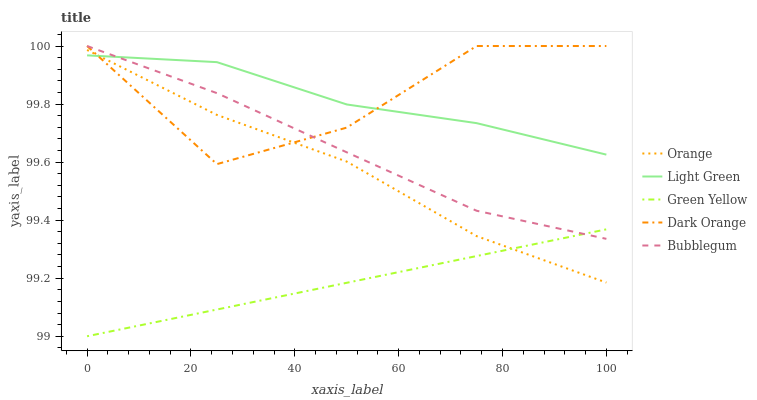
| xaxis_label | Orange | Light Green | Green Yellow | Dark Orange | Bubblegum |
 | --- | --- | --- | --- | --- | --- |
 | 0 | 100 | 100 | 99 | 100 | 100 |
 | 25 | 99.8 | 99.9 | 99.1 | 99.6 | 99.8 |
 | 50 | 99.6 | 99.8 | 99.2 | 99.7 | 99.6 |
 | 75 | 99.3 | 99.7 | 99.3 | 100 | 99.4 |
 | 100 | 99.2 | 99.6 | 99.4 | 100 | 99.3 |